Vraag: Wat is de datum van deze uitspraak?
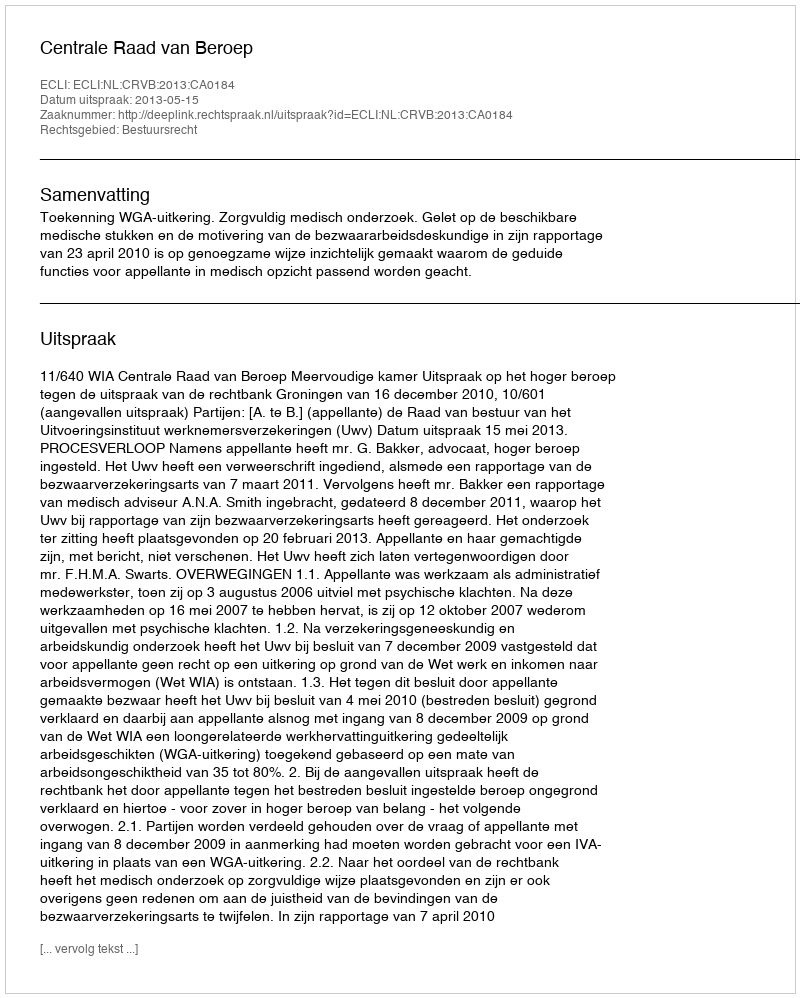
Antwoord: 2013-05-15